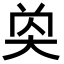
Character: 𡘔